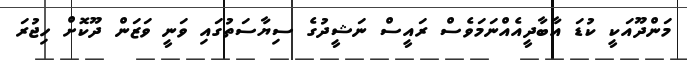
މަންދޫއަކީ ކުޑަ އާބާދީއެއްނަމަވެސް ރައީސް ނަޝީދުގެ ސިޔާސަތުގައި ވަނީ ވަޒަން ދޫކޮށް ހިޖުރަ